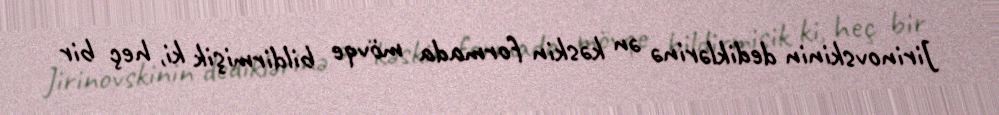
Jirinovskinin dediklərinə ən kəskin formada mövqe bildirmişik ki, heç bir